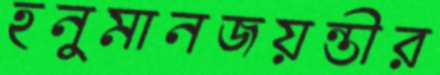
হনুমানজয়ন্তীর